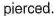
pierced.